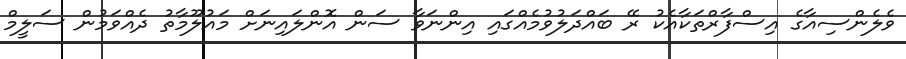
ވެލެންސިއާގެ އިސްފާރްތަކާއެކު ރޭ ބައްދަލުވުމެއްގައި އިންނަވާ ސަން އޮންލައިނަށް މައުލޫމާތު ދެއްވަމުން ސަލީމް